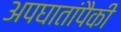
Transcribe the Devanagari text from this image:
अपघातांपैकी